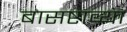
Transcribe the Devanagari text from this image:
बासष्टाव्या